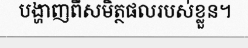
បង្ហាញពីសមិត្ថផលរបស់ខ្លួន។